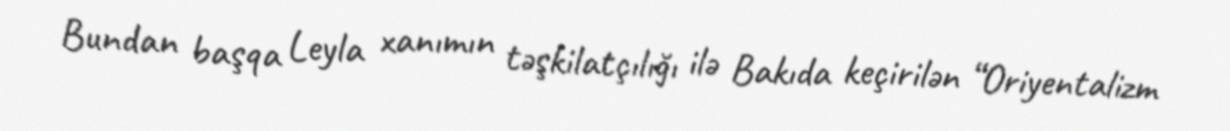
Bundan başqa Leyla xanımın təşkilatçılığı ilə Bakıda keçirilən “Oriyentalizm